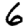
Digit: 6